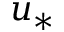
u _ { * }